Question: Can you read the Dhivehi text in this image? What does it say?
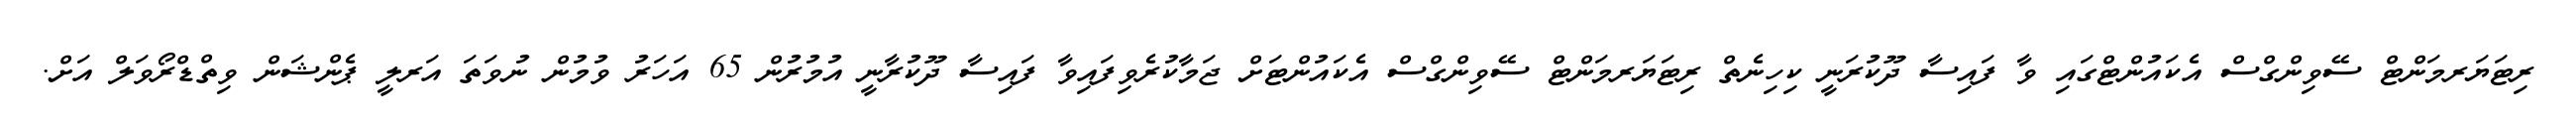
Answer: ރިޓަޔަރމަންޓް ސޭވިންގްސް އެކައުންޓްގައި ވާ ފައިސާ ދޫކުރަނީ ކިހިނެތް ރިޓަޔަރމަންޓް ސޭވިންގްސް އެކައުންޓަށް ޖަމާކުރެވިފައިވާ ފައިސާ ދޫކުރާނީ އުމުރުން 65 އަހަރު ވުމުން ނުވަތަ އަރލީ ޕެންޝަން ވިތްޑްރޯވަލް އަށް.